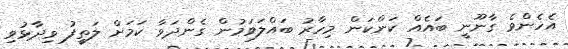
އެހެންވެ ގާނޫނީ ބައެއް ކަންކަން މިހާރު ބައްލަވަމުން ގެންދަވާ ކަމަށް ލަތީފު ވިދާޅުވި